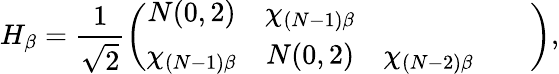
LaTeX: H_{\beta}=\frac{1}{\sqrt{2}}\left(\begin{array}{ccccc}{N(0,2)}&{\chi_{(N-1)\beta}}&{}&{}&{}\\ {\chi_{(N-1)\beta}}&{N(0,2)}&{\chi_{(N-2)\beta}}&{}&{}\end{array}\right),